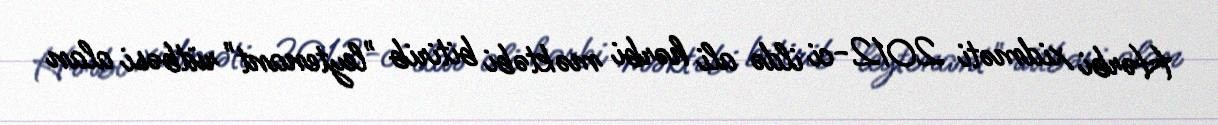
Hərbi xidməti 2012-ci ildə ali hərbi məktəbi bitirib "leytenant" rütbəsi alan